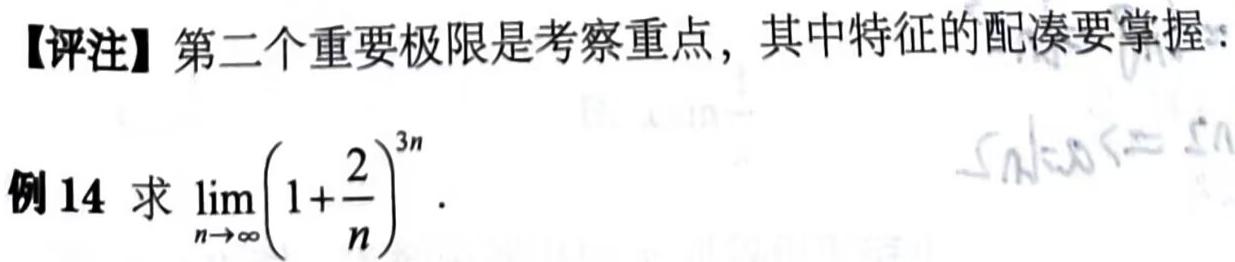
【评注】第二个重要极限是考察重点，其中特征的配凑要掌握：
例 14 求 $\lim_{n \to \infty} \left(1 + \frac{2}{n}\right)^{3n}$.